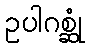
ဥပါဂစ္ဆုံ